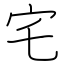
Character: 宅